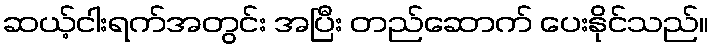
ဆယ့်ငါးရက်အတွင်း အပြီး တည်ဆောက် ပေးနိုင်သည်။